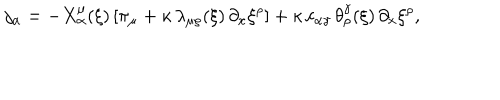
j _ { \alpha } = - X _ { \alpha } ^ { \mu } ( \xi ) \, [ \pi _ { \mu } + \kappa \, \lambda _ { \mu \rho } ( \xi ) \, \partial _ { x } \xi ^ { \rho } ] + \kappa \, c _ { \alpha \gamma } \, \theta _ { \rho } ^ { \gamma } ( \xi ) \, \partial _ { x } \xi ^ { \rho } ,